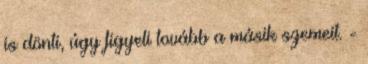
is dönti, úgy figyeli tovább a másik szemeit. -